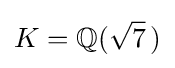
K=\mathbb {Q} ({\sqrt {7}}\,)